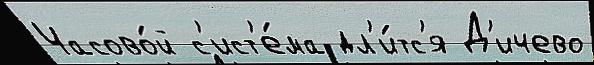
Часово́й с'ист'е́ма дл'и́тс'я Д'ичево